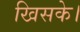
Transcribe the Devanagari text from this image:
खिसके।